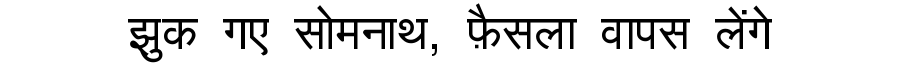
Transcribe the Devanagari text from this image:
झुक गए सोमनाथ, फ़ैसला वापस लेंगे